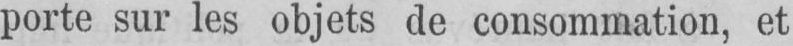
porte sur les objets de consommation, et